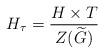
LaTeX: \begin{align*} H_\tau = \frac{H\times T}{Z(\widetilde{G})} \end{align*}